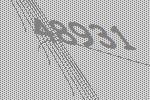
48931